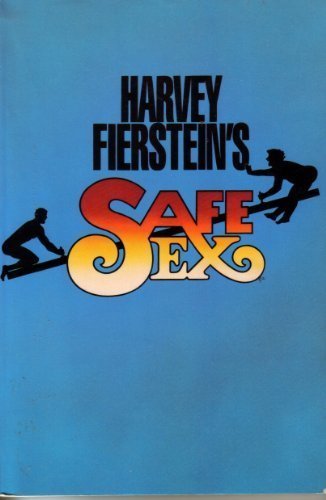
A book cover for Harvey Fierstein's Safe Sex; Harvey Fierstein; Literature & Fiction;